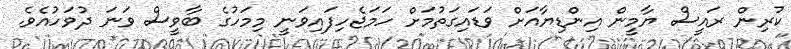
ކުރިން ރައީސް ޔާމީން އިންޑިޔާއަށް ވަޑައިގަތުމަށް ހަމަޖެހިފައިވަނީ މިމަހުގެ ބާވީސް ވަނަ ދުވަހުއެވެ.